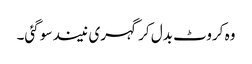
وہ کروٹ بدل کر گہری نیند سو گئی۔